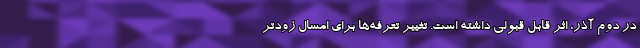
در دوم آذر، اثر قابل قبولی داشته است. تغییر تعرفه‌ها برای امسال زودتر